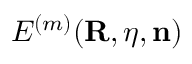
{ \cal E } ^ { ( m ) } ( { \bf R } , { \boldsymbol \eta } , { \bf n } )